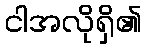
ငါအလိုရှိ၏